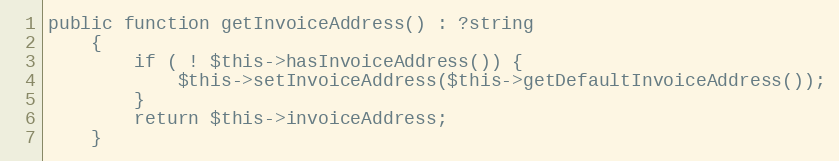
Language: PHP
public function getInvoiceAddress() : ?string
    {
        if ( ! $this->hasInvoiceAddress()) {
            $this->setInvoiceAddress($this->getDefaultInvoiceAddress());
        }
        return $this->invoiceAddress;
    }